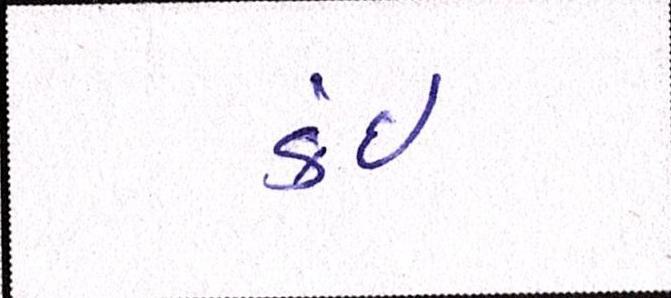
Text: કંઈ